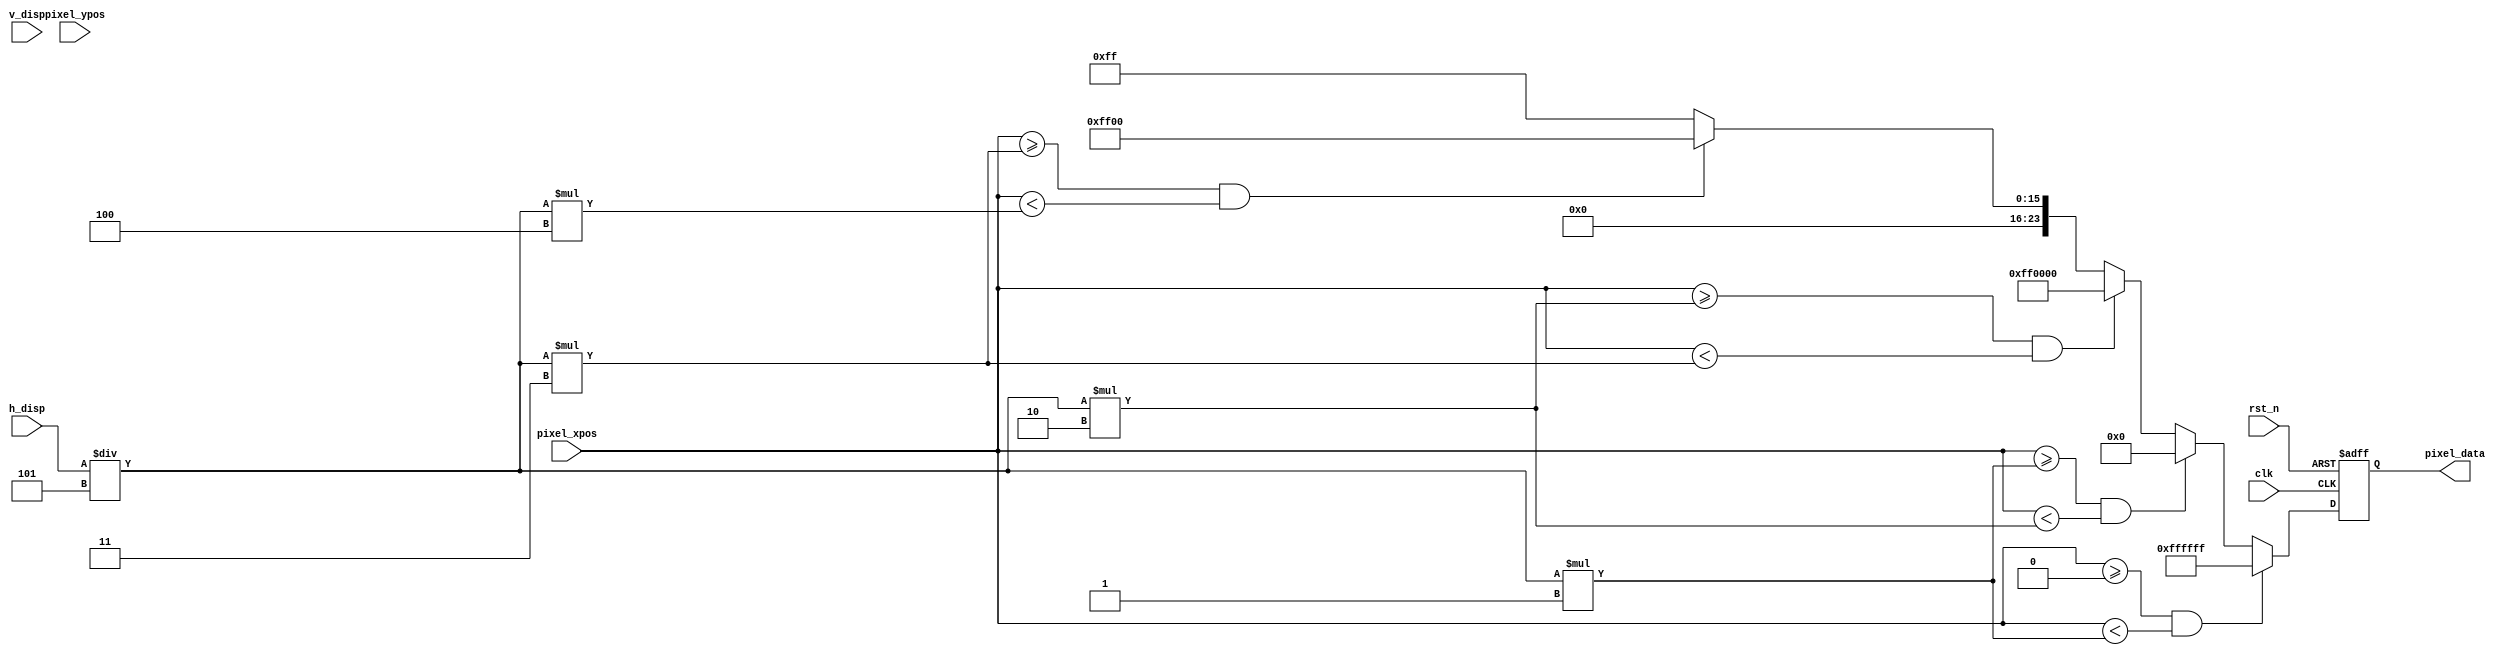
module mipi_display(
    input                clk,         //
    input                rst_n,       //
    input        [10:0]  pixel_xpos,  //
    input        [10:0]  pixel_ypos,  //  
    input        [10:0]  h_disp,      //LCD
    input        [10:0]  v_disp,      //LCD       
    output  reg  [23:0]  pixel_data   //
    );

//parameter define  
parameter WHITE = 24'hFFFFFF;  //
parameter BLACK = 24'h000000;  //
parameter RED   = 24'hFF0000;  //
parameter GREEN = 24'h00FF00;  //
parameter BLUE  = 24'h0000FF;  //

//*****************************************************
//**                    main code
//*****************************************************

//
always @(posedge clk or negedge rst_n) begin
    if(!rst_n)
        pixel_data <= BLACK;
    else begin
        if((pixel_xpos >= 11'd0) && (pixel_xpos < h_disp/5*1))
            pixel_data <= WHITE;
        else if((pixel_xpos >= h_disp/5*1) && (pixel_xpos < h_disp/5*2))    
            pixel_data <= BLACK;
        else if((pixel_xpos >= h_disp/5*2) && (pixel_xpos < h_disp/5*3))    
            pixel_data <= RED;   
        else if((pixel_xpos >= h_disp/5*3) && (pixel_xpos < h_disp/5*4))    
            pixel_data <= GREEN;                
        else
            pixel_data <= BLUE; 
    end    
end

endmodule